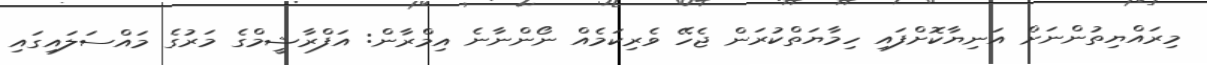
މިރައްޔިތުންނަށް އަނިޔާކޮށްފައި ހިމާޔަތްކުރަން ޖެހޭ ވެރިކަމެއް ނޯންނާނެ އިމްރާން: އަފްރާޝީމްގެ މަރުގެ މައްސަލައިގައި